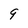
Character: 9